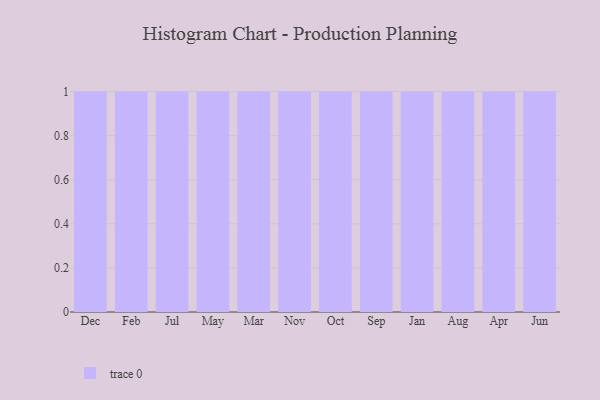
{"axis": {"x": "Month", "y": "Population (Million)"}, "legend": [""], "data": [{"x": "Dec", "y": 76, "type": ""}, {"x": "Feb", "y": 70, "type": ""}, {"x": "Jul", "y": 26, "type": ""}, {"x": "May", "y": 97, "type": ""}, {"x": "Mar", "y": 50, "type": ""}, {"x": "Nov", "y": 10, "type": ""}, {"x": "Oct", "y": 94, "type": ""}, {"x": "Sep", "y": 70, "type": ""}, {"x": "Jan", "y": 85, "type": ""}, {"x": "Aug", "y": 70, "type": ""}, {"x": "Apr", "y": 90, "type": ""}, {"x": "Jun", "y": 70, "type": ""}]}